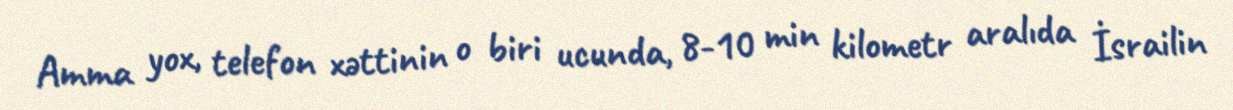
Amma yox, telefon xəttinin o biri ucunda, 8-10 min kilometr aralıda İsrailin